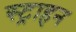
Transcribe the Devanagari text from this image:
स्ट्राहन